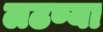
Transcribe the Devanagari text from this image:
लढण्या